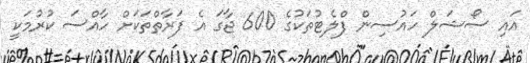
އައި ސޯޝަލް ހައުސިން ފްލެޓުތަކުގެ 600 ޖާގަ އެ ފަރާތްތަކަށް ހާއްސަ ކުރުމަކީ